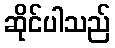
ဆိုင်ပါသည်